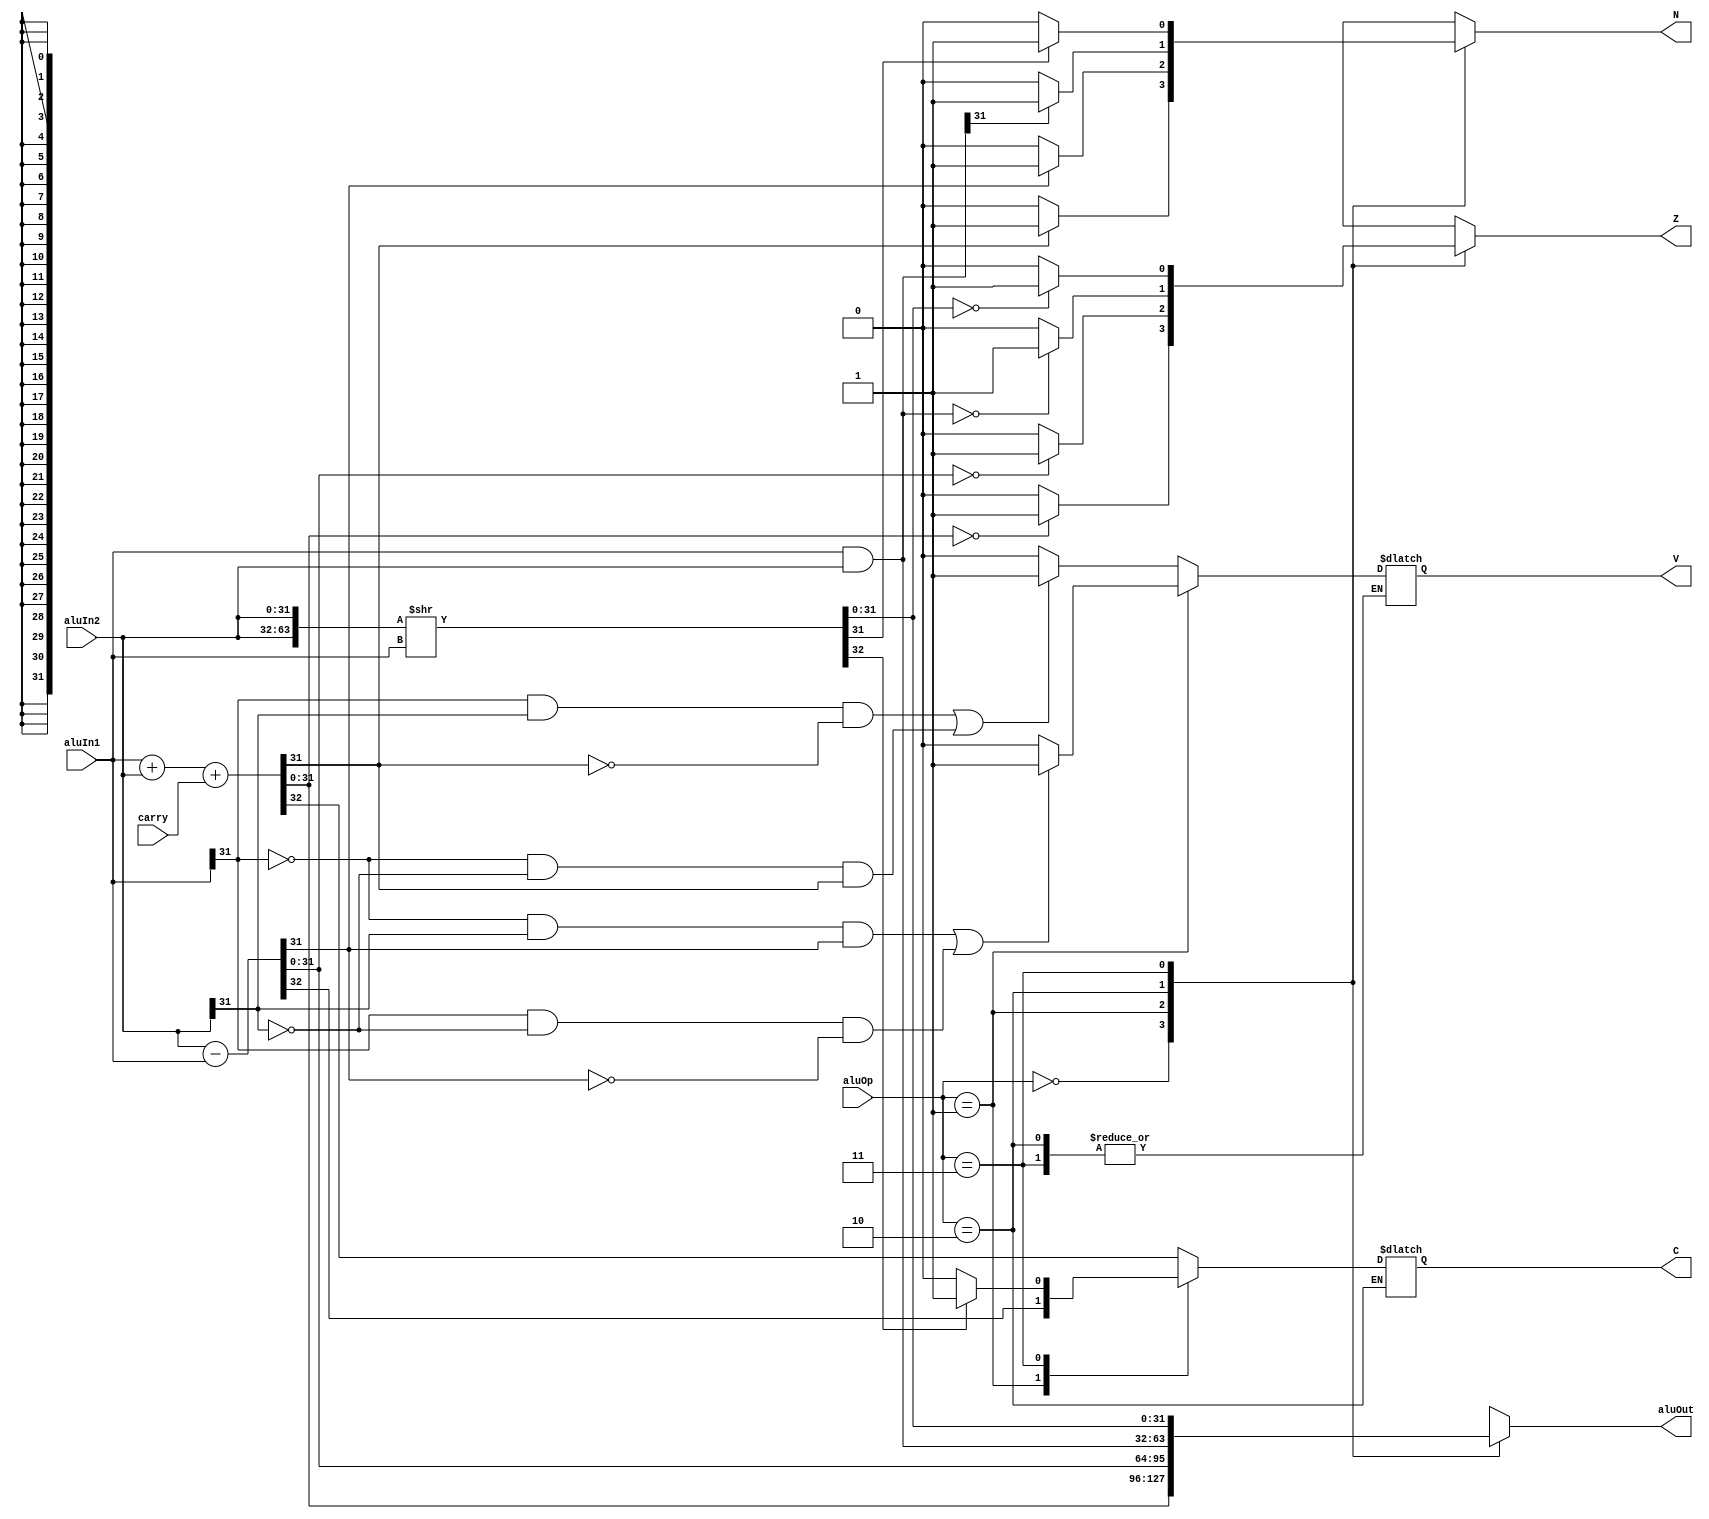
module alu( input [31:0] aluIn1, input [31:0] aluIn2, input carry, input [1:0] aluOp,
			output reg [31:0] aluOut, output reg N, output reg Z, output reg C,
			output reg V);

  	reg [63:0] temp;
  	assign flag = -1;

	always@(aluIn1 or aluIn2 or aluOp or carry)
	begin
		case(aluOp)
			2'b00: 	begin
						{C,aluOut} = aluIn1 + aluIn2 + carry;

						// overflow flag
						if((aluIn1[31] == 1'b1 && aluIn2[31]==1'b1 && aluOut[31]==1'b0) || (aluIn1[31] == 1'b0 && aluIn2[31]==1'b0 && aluOut[31]==1'b1))
							V = 1'b1;
						else
							V = 1'b0;

						// negative flag
						if(aluOut[31]==1'b1)
							N = 1'b1;
						else
							N = 1'b0;

						// zero flag
						if(aluOut==32'd0)
							Z = 1'b1;
						else
							Z = 1'b0;

					end

			2'b01: 	begin
						{C,aluOut} = aluIn2 - aluIn1;

						// overflow flag
						if((aluIn1[31] == 1'b0 && aluIn2[31]==1'b1 && aluOut[31]==1'b1) || (aluIn1[31] == 1'b1 && aluIn2[31]==1'b0 && aluOut[31]==1'b0))
							V = 1'b1;
						else
							V = 1'b0;

						// negative flag
						if(aluOut[31]==1'b1)
							N = 1'b1;
						else
							N = 1'b0;

						// zero flag
						if(aluOut==32'd0)
							Z = 1'b1;
						else
							Z = 1'b0;


					end

			2'b10: 	begin
						aluOut = aluIn1&aluIn2;


						// negative flag
						if(aluOut[31]==1'b1)
							N = 1'b1;
						else
							N = 1'b0;

						// zero flag
						if(aluOut==32'd0)
							Z = 1'b1;
						else
							Z = 1'b0;

					end

			2'b11:  //for  ror
					begin
			  			temp = {aluIn2, aluIn2} >> aluIn1;
			  			aluOut = temp[31:0];

			  			// carry flag ???
						if(temp[32]==1'b1)
							C = 1'b1;
						else
							C = 1'b0;

						// negative flag
						if(aluOut[31]==1'b1)
							N = 1'b1;
						else
							N = 1'b0;

						// zero flag
						if(aluOut==32'd0)
							Z = 1'b1;
						else
							Z = 1'b0;

					end
		endcase
	end
endmodule